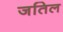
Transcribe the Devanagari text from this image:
जतिल